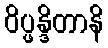
ဝိပ္ဖန္ဒိတာနိ